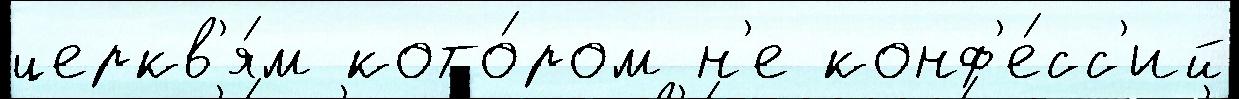
церкв'я́м кото́ром н'е конф'е́сс'ий